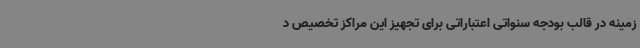
زمینه در قالب بودجه سنواتی اعتباراتی برای تجهیز این مراکز تخصیص د